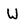
Character: W